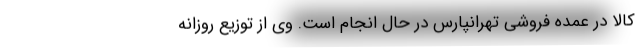
کالا در عمده فروشی تهرانپارس در حال انجام است. وی از توزیع روزانه